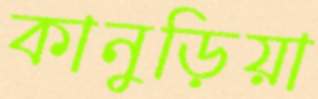
কানুড়িয়া